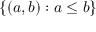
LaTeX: \{ ( a , b ) : a \leq b \}